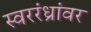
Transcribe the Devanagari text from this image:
स्वररंध्रांवर